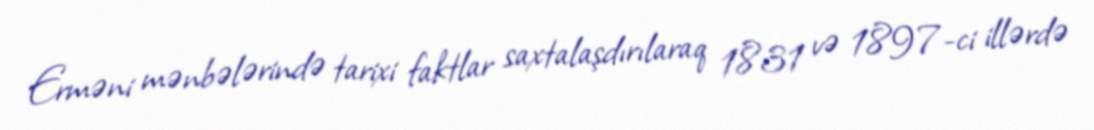
Erməni mənbələrində tarixi faktlar saxtalaşdırılaraq 1831 və 1897-ci illərdə